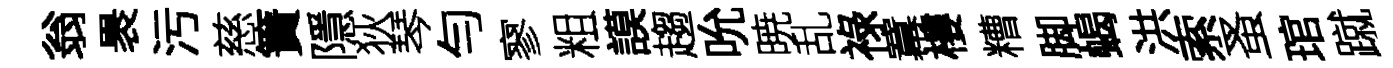
翁褁污慈簀隱狄琴勻寥粗謨趨吮暁乱祿羃樓糟脚蝎洪索蚤琯蹴